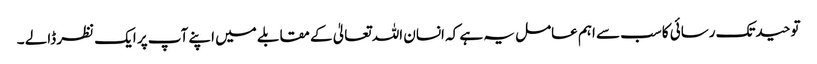
توحیدتک رسائی کاسب سے اہم عامل یہ ہے کہ انسان اللہ تعالیٰ کے مقابلے میں اپنے آپ پر ایک نظر ڈالے ۔